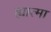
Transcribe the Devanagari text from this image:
ह्यात्मा